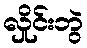
လှိုင်းဘွဲ